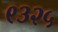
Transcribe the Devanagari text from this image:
९३२५